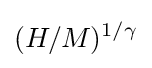
(H/M)^{1/\gamma }